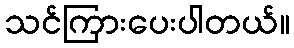
သင်ကြားပေးပါတယ်။